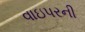
વાઇપરની